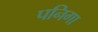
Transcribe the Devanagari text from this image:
पनिगा